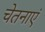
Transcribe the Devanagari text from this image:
चेतनाएं